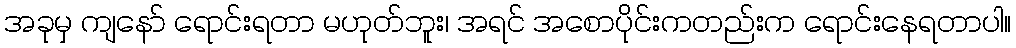
အခုမှ ကျနော် ရောင်းရတာ မဟုတ်ဘူး၊ အရင် အစောပိုင်းကတည်းက ရောင်းနေရတာပါ။